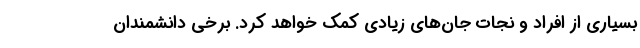
بسیاری از افراد و نجات جان‌های زیادی کمک خواهد کرد. برخی دانشمندان